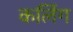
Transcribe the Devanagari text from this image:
कर्लिग